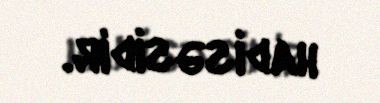
hadisəsidir.